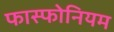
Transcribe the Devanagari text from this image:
फास्फोनियम